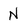
Character: N